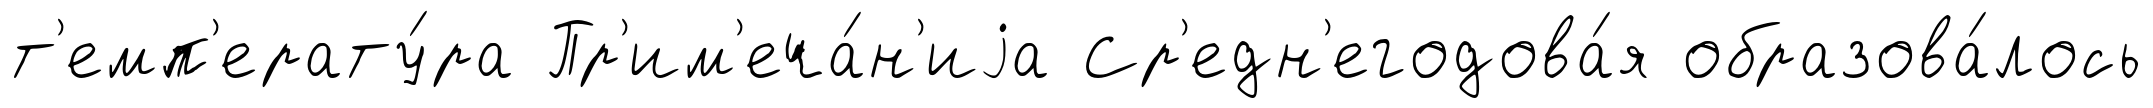
т'емп'ерату́ра Пр'им'еча́н'иjа Ср'едн'егодова́я образова́лось